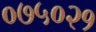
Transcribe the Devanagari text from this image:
०७५०२१